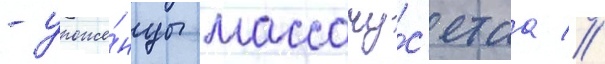
- уроже́нцы массачу́с'етса //